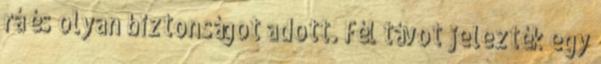
rá és olyan biztonságot adott. Fél távot jelezték egy